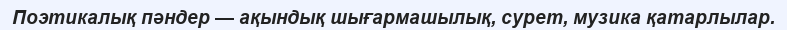
Поэтикалық пәндер — ақындық шығармашылық, сурет, музика қатарлылар.